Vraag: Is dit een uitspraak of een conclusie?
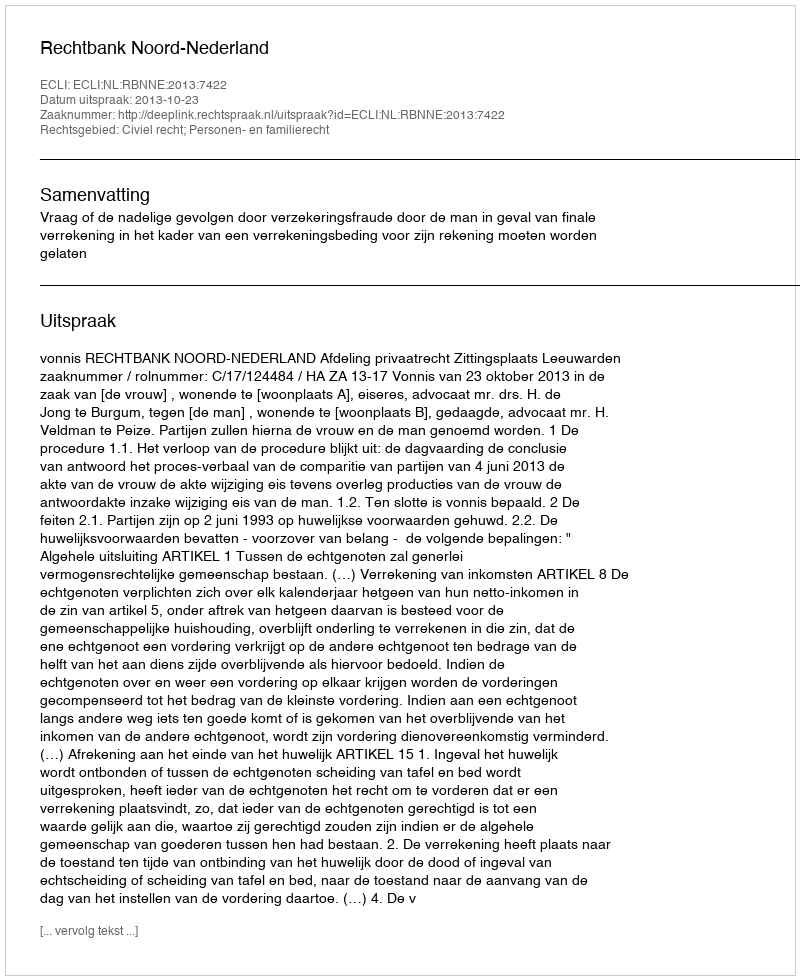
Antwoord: Uitspraak